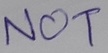
Text: NOT